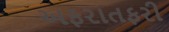
અફરાતફરી